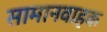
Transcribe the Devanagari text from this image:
सामानवाहक